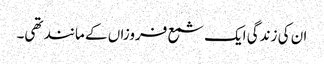
ان کی زندگی ایک شمع فروزاں کے مانند تھی۔